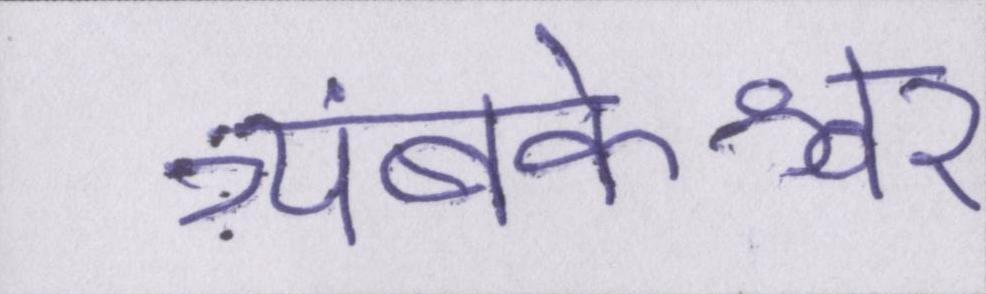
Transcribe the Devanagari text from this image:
त्र्यंबकेश्वर